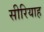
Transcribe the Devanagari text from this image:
सीरियाह